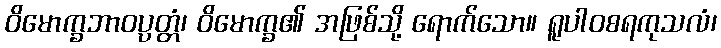
ဝိမောက္ခဘာဝပ္ပတ္တံ၊ ဝိမောက္ခ၏ အဖြစ်သို့ ရောက်သော။ ရူပါဝစရကုသလံ၊